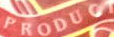
PRODUOT